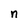
Character: n